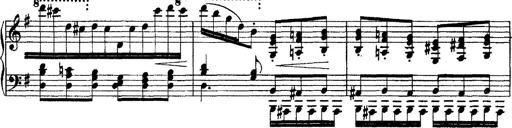
Title: Morceau de Salon
Composer: Josef Adalbert Pacher
Key: D-flat major